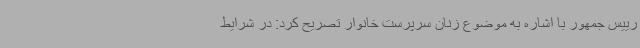
رییس جمهور با اشاره به موضوع زنان سرپرست خانوار تصریح کرد: در شرایط